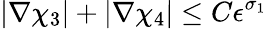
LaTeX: |\nabla\chi_{3}|+|\nabla\chi_{4}|\le C\epsilon^{\sigma_{1}}